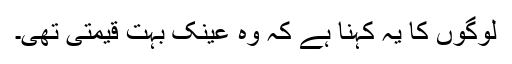
لوگوں کا یہ کہنا ہے کہ وہ عینک بہت قیمتی تھی۔